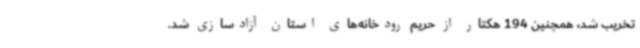
تخریب شد، همچنین 194 هکتار از حریم رودخانه‌های استان آزادسازی شد.